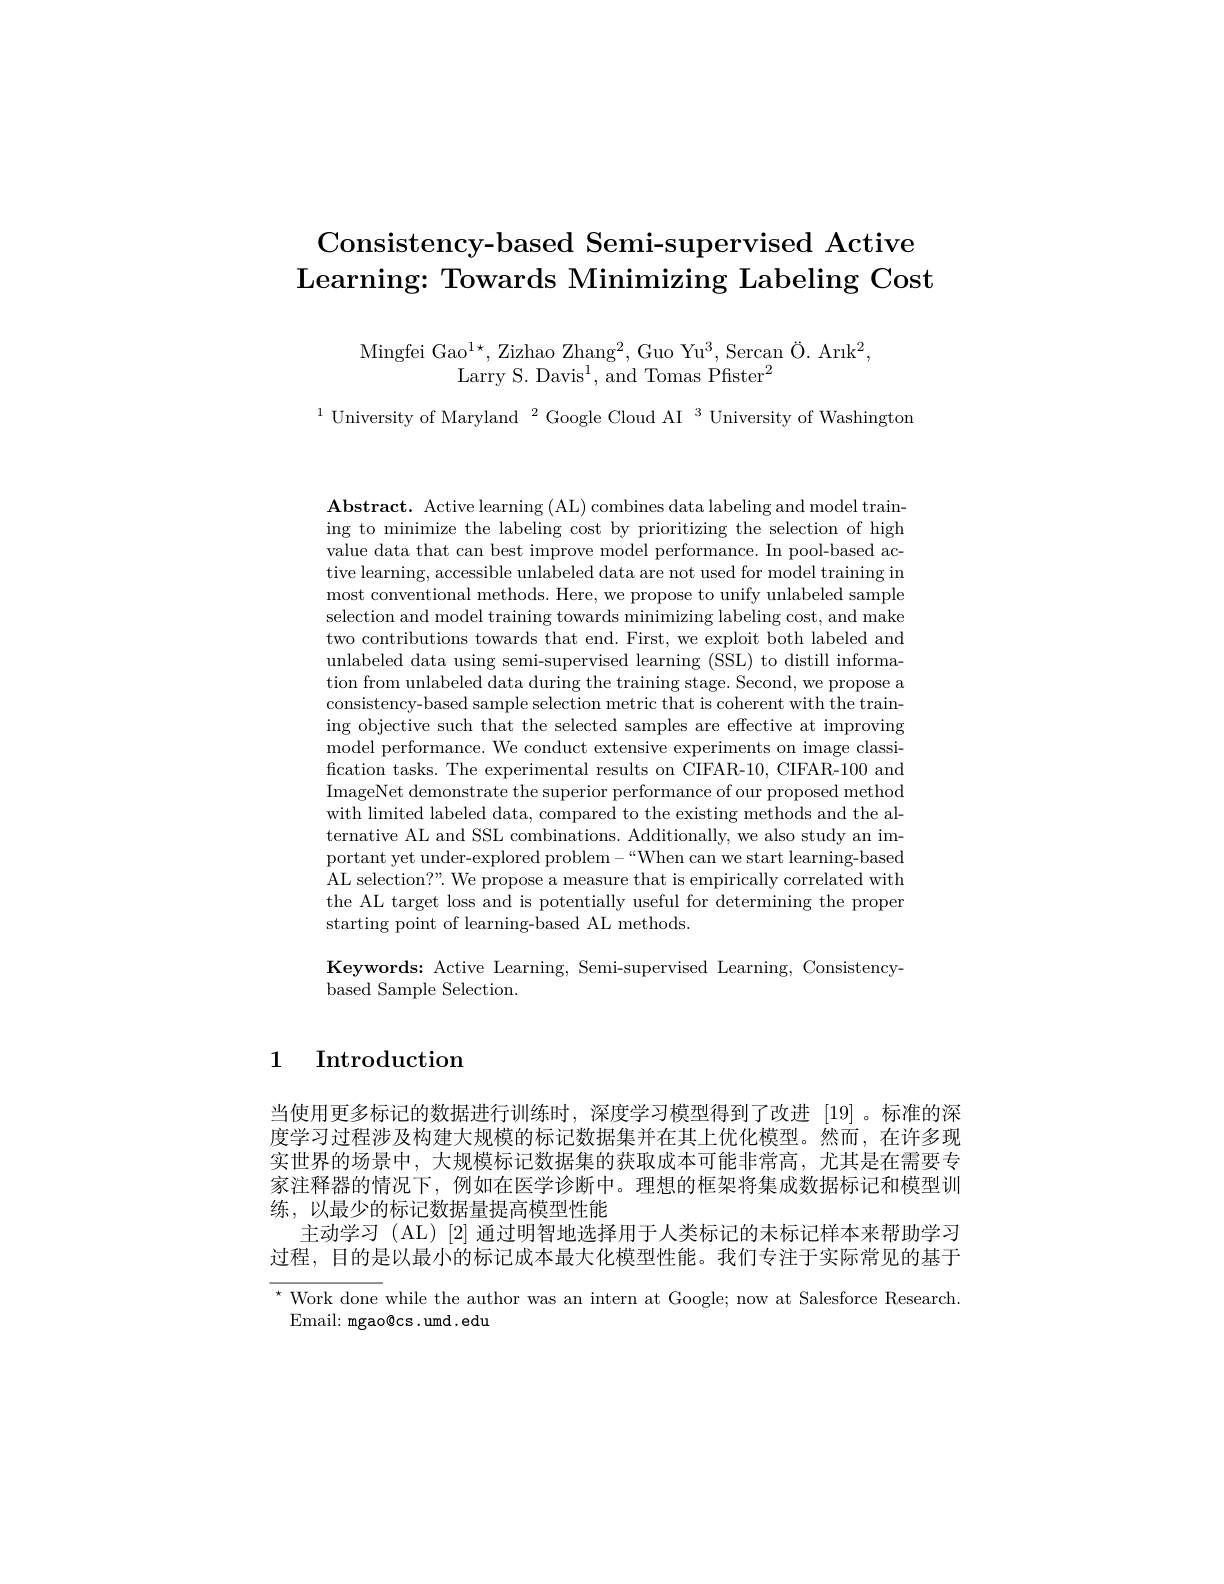
# Consistency-based Semi-supervised Active Learning: Towards Minimizing Labeling Cost

Mingfei Gao$^1\star$,Zizhao Zhang$^2$,Guo Yu$^3$,Sercan Ö. Arık$^2$,
Larry S. Davis$^1$, and Tomas Pfister$^2$

$^{1}$University of Maryland$^2$Google Cloud AI$^3$University of Washingtor

$\mathbf{Abstract.~Active~learning~(AL)~combines~data~labeling~and~model~train-~}$ ing to minimize the labeling cost by prioritizing the selection of high value data that can best improve model performance. In pool-based active learning, accessible unlabeled data are not used for model training in most conventional methods. Here, we propose to unify unlabeled sample selection and model training towards minimizing labeling cost, and make two contributions towards that end. First, we exploit both labeled and unlabeled data using semi-supervised learning (SSL) to distill information from unlabeled data during the training stage. Second, we propose a consistency-based sample selection metric that is coherent with the training objective such that the selected samples are effective at improving model performance. We conduct extensive experiments on image classification tasks. The experimental results on CIFAR-10, CIFAR-100 and ImageNet demonstrate the superior performance of our proposed method with limited labeled data, compared to the existing methods and the alternative AL and SSL combinations. Additionally, we also study an important yet under-explored problem-“When can we start learning-based AL selection?". We propose a measure that is empirically correlated with the AL target loss and is potentially useful for determining the proper starting point of learning-based AL methods

Keywords: Active Learning, Semi-supervised Learning, Consistency-
based Sample Selection.

1 Introduction

当使用更多标记的数据进行训练时，深度学习模型得到了改进 [19]。标准的深度学习过程涉及构建大规模的标记数据集并在其上优化模型。然而，在许多现实世界的场景中，大规模标记数据集的获取成本可能非常高，尤其是在需要专家注释器的情况下，例如在医学诊断中。理想的框架将集成数据标记和模型训练，以最少的标记数据量提高模型性能
主动学习 (AL) [2] 通过明智地选择用于人类标记的未标记样本来帮助学习过程，目的是以最小的标记成本最大化模型性能。我们专注于实际常见的基于

$^{\star}$ Work done while the author was an intern at Google; now at Salesforce Research
Email: mgao@cs.umd. edu